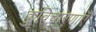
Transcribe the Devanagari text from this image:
कुविचारणाएँ